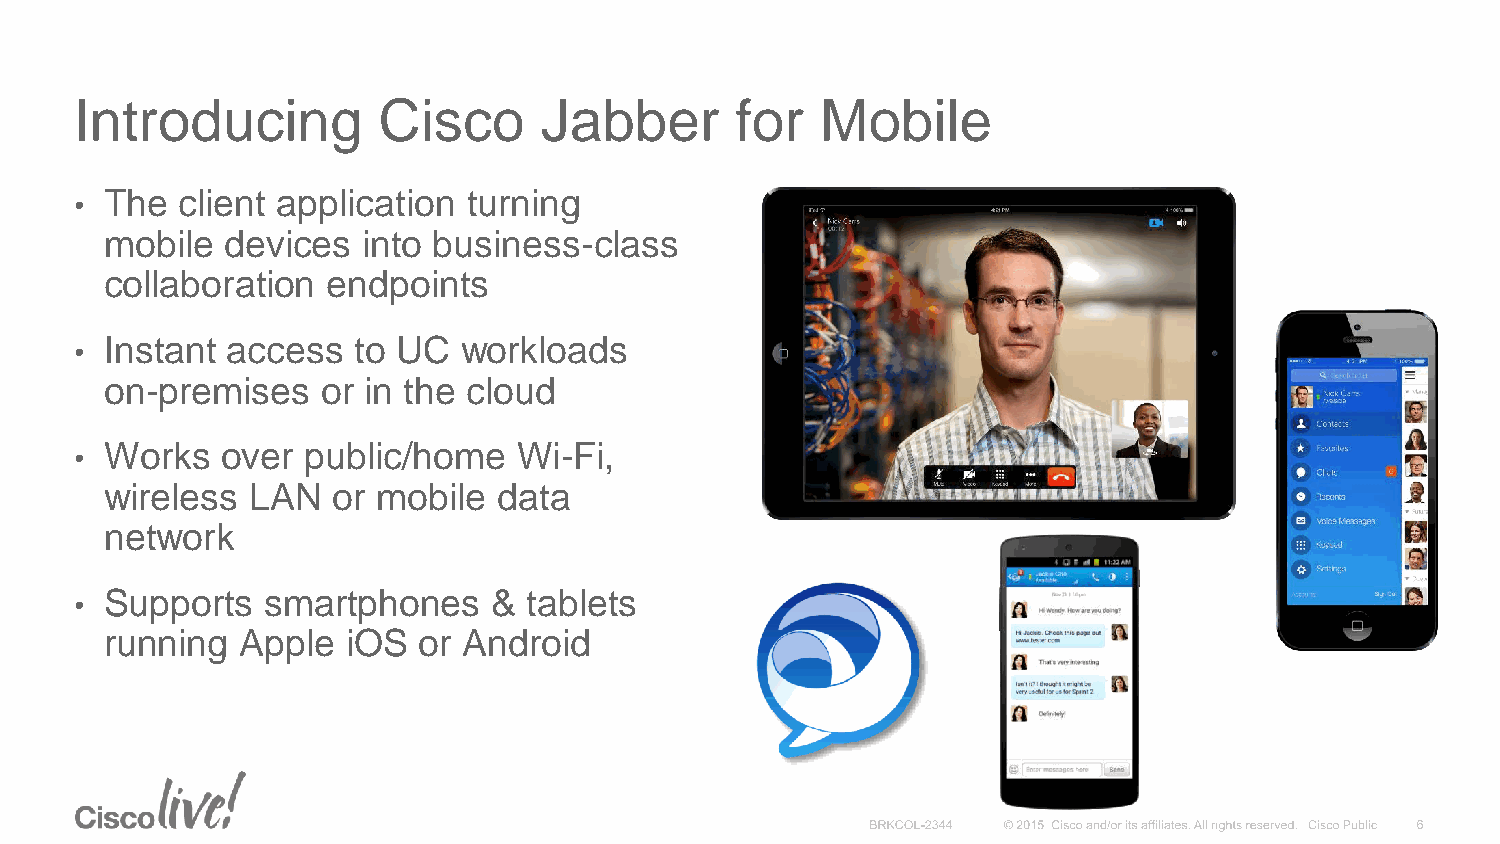
Introducing         Cisco      Jabber       for  Mobile
 • The  client application turning
 mobile  devices  into business-class
 collaboration  endpoints
 • Instant access  to UC  workloads
 on-premises   or in the cloud
 • Works   over public/home   Wi-Fi,
 wireless  LAN  or mobile  data
 network
 • Supports   smartphones    & tablets
 running  Apple  iOS  or Android